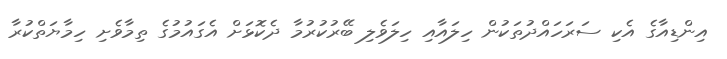
އިންޑިއާގެ އެކި ސަރަހައްދުތަކުން ހިލައާއި ހިލަވެލި ބޭރުކުރުމާ ދެކޮޅަށް އެގައުމުގެ ތިމާވެށި ހިމާޔަތްކުރާ